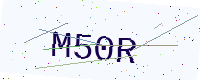
Text: M50R